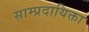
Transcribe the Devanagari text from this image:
साम्प्रदायिक्ता